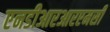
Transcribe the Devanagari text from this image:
एनडीआरआरएमसी